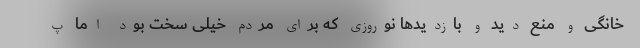
خانگی و منع دید و بازدیدها نوروزی که برای مردم خیلی سخت بود اما پ